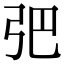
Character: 弝